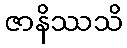
ဇာနိဿသိ